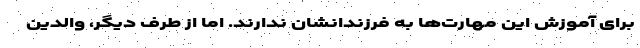
برای آموزش این مهارت‌ها به فرزندانشان ندارند. اما از طرف دیگر، والدین